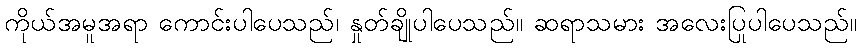
ကိုယ်အမူအရာ ကောင်းပါပေသည်၊ နှုတ်ချိုပါပေသည်။ ဆရာသမား အလေးပြုပါပေသည်။